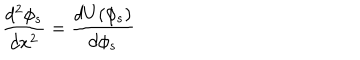
\frac { d ^ { 2 } \phi _ { s } } { d x ^ { 2 } } = \frac { d U ( \phi _ { s } ) } { d \phi _ { s } }